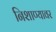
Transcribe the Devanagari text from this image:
निशाण्यावर